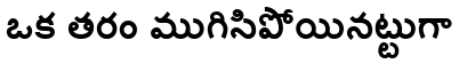
ఒక తరం ముగిసిపోయినట్టుగా